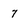
Character: 7